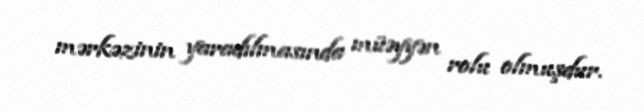
mərkəzinin yaradılmasında müəyyən rolu olmuşdur.